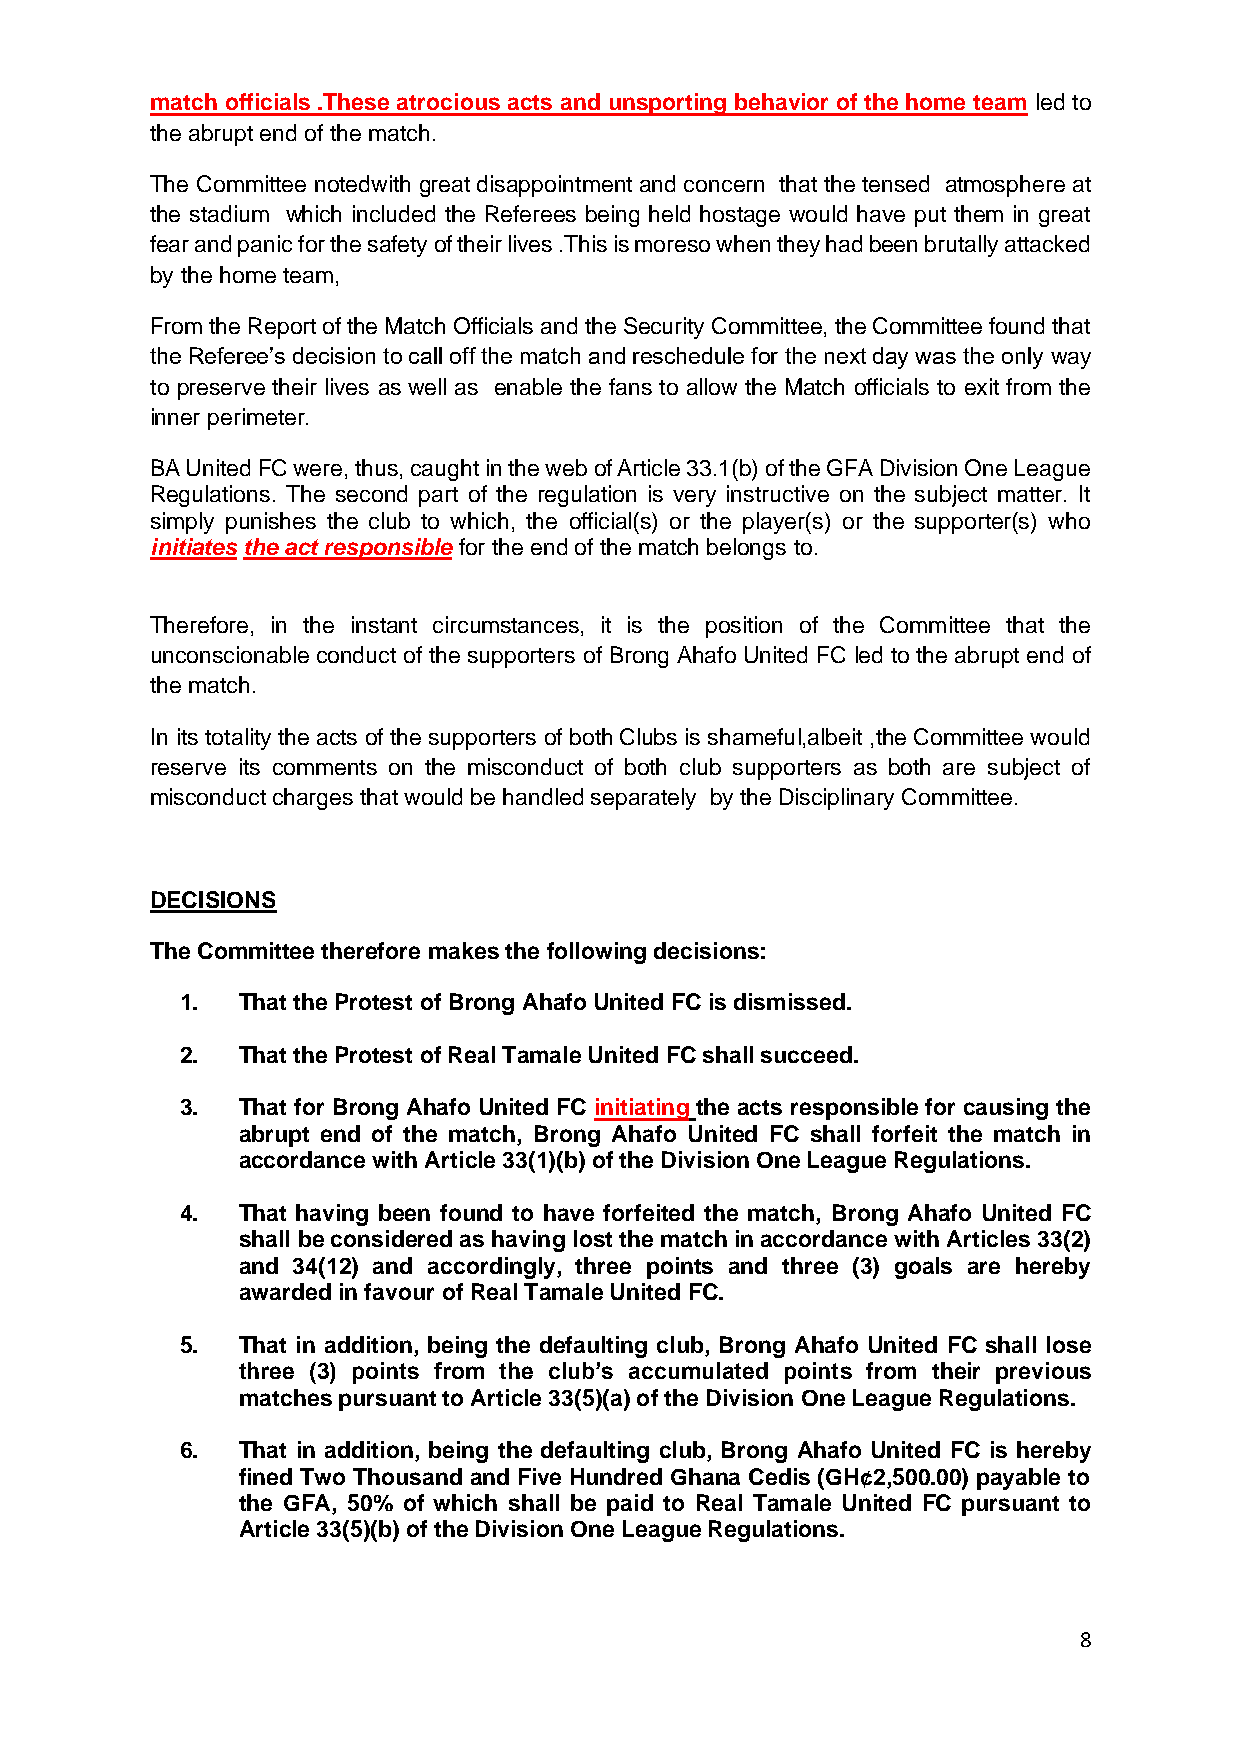
match officials .These atrocious acts and unsporting behavior of the home team led to
 the abrupt end of the match.
 The Committee notedwith great disappointment and concern that the tensed atmosphere at
 the stadium which included the Referees being held hostage would have put them in great
 fear and panic for the safety of their lives .This is moreso when they had been brutally attacked
 by the home team,
 From the Report of the Match Officials and the Security Committee, the Committee found that
 the Referee’s decision to call off the match and reschedule for the next day was the only way
 to preserve their lives as well as enable the fans to allow the Match officials to exit from the
 inner perimeter.
 BA United FC were, thus, caught in the web of Article 33.1(b) of the GFA Division One League
 Regulations. The second part of the regulation is very instructive on the subject matter. It
 simply punishes the club to which, the official(s) or the player(s) or the supporter(s) who
 initiates the act responsible for the end of the match belongs to.
 Therefore, in the instant circumstances, it is the position of the Committee that the
 unconscionable conduct of the supporters of Brong Ahafo United FC led to the abrupt end of
 the match.
 In its totality the acts of the supporters of both Clubs is shameful,albeit ,the Committee would
 reserve its comments on the misconduct of both club supporters as both are subject of
 misconduct charges that would be handled separately by the Disciplinary Committee.
 DECISIONS
 The Committee therefore makes the following decisions:
 1.  That the Protest of Brong Ahafo United FC is dismissed.
 2.  That the Protest of Real Tamale United FC shall succeed.
 3.  That for Brong Ahafo United FC initiating the acts responsible for causing the
 abrupt end of the match, Brong Ahafo United FC shall forfeit the match in
 accordance with Article 33(1)(b) of the Division One League Regulations.
 4.  That having been found to have forfeited the match, Brong Ahafo United FC
 shall be considered as having lost the match in accordance with Articles 33(2)
 and 34(12) and accordingly, three points and three (3) goals are hereby
 awarded in favour of Real Tamale United FC.
 5.  That in addition, being the defaulting club, Brong Ahafo United FC shall lose
 three (3) points from the club’s accumulated points from their previous
 matches pursuant to Article 33(5)(a) of the Division One League Regulations.
 6.  That in addition, being the defaulting club, Brong Ahafo United FC is hereby
 fined Two Thousand and Five Hundred Ghana Cedis (GH¢2,500.00) payable to
 the GFA, 50% of which shall be paid to Real Tamale United FC pursuant to
 Article 33(5)(b) of the Division One League Regulations.
 8